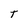
Character: T